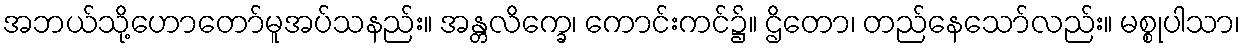
အဘယ်သို့ဟောတော်မူအပ်သနည်း။ အန္တလိက္ခေ၊ ကောင်းကင်၌။ ဌိတော၊ တည်နေသော်လည်း။ မစ္စုပါသာ၊